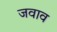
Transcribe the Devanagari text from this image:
जवाव